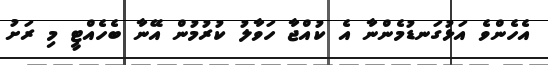
އެހެންވެ އަޅުގަނޑުމެންނާ އެ ކުއްޖާ ހަވާލު ކުރުމުން އޭނާ ބެހެއްޓީ މި ރަށު